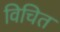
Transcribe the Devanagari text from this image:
विचित